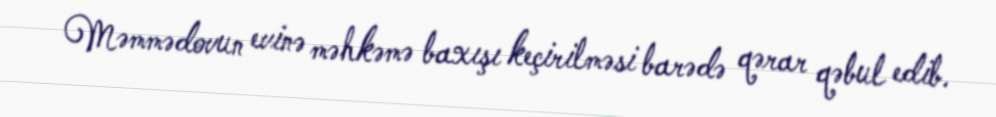
Məmmədovun evinə məhkəmə baxışı keçirilməsi barədə qərar qəbul edib.